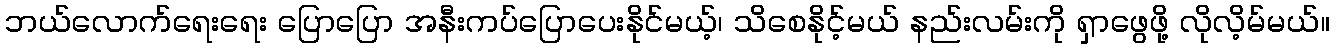
ဘယ်လောက်ရေးရေး ပြောပြော အနီးကပ်ပြောပေးနိုင်မယ့်၊ သိစေနိုင့်မယ် နည်းလမ်းကို ရှာဖွေဖို့ လိုလိ့မ်မယ်။